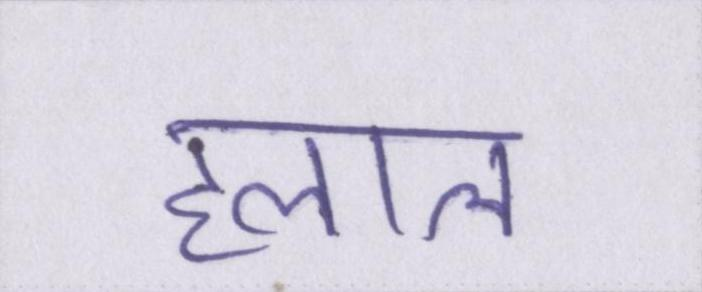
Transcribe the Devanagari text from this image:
हलाल